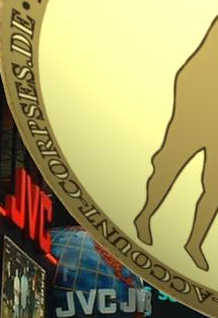
ACCOUNT-CORPSES.DE